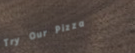
Try Our Pizza